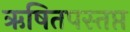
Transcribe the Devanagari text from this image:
ऋषितपस्तप्त